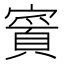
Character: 𫴉